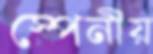
স্পেনীয়